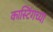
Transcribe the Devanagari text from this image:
कास्टिंगच्या